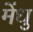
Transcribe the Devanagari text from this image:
मेंधु